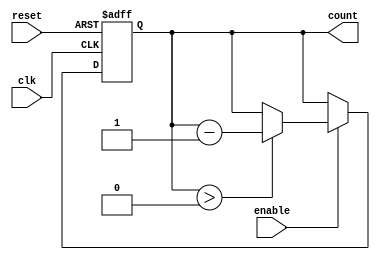
module decremental_counter #(
    parameter N = 8  // Define the initial value (can be changed as needed)
)(
    input wire clk,       // Clock signal
    input wire reset,     // Asynchronous reset signal
    input wire enable,    // Enable signal for counting
    output reg [N-1:0] count // Current count value
);

    // Initial value of the counter
    initial begin
        count = N; // Set the initial count value to N
    end

    // Asynchronous reset and synchronous counting
    always @(posedge clk or posedge reset) begin
        if (reset) begin
            count <= N; // Reset count to initial value N
        end else if (enable) begin
            if (count > 0) begin
                count <= count - 1; // Decrement count if greater than 0
            end
        end
    end

endmodule